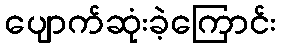
ပျောက်ဆုံးခဲ့ကြောင်း